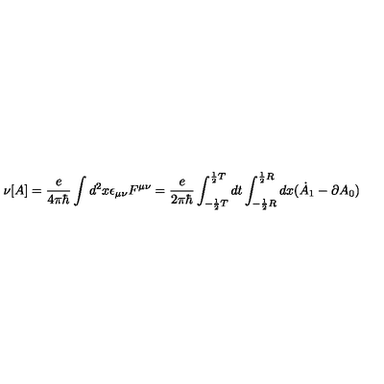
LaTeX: \nu [ A ] = \frac { e } { 4 \pi \hbar } \int d ^ { 2 } x \epsilon _ { \mu \nu } F ^ { \mu \nu } = \frac { e } { 2 \pi \hbar } \int _ { - \frac { 1 } { 2 } T } ^ { \frac { 1 } { 2 } T } d t \int _ { - \frac { 1 } { 2 } { R } } ^ { \frac { 1 } { 2 } { R } } d x ( \dot { A } _ { 1 } - \partial A _ { 0 } )